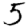
Digit: 5